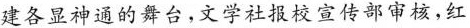
建各显神通的舞台，文学社报校宣传部审核，红